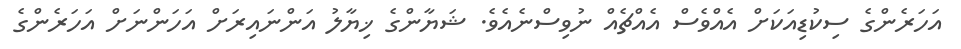
އަހަރެންގެ ސިކުޑިއަކަށް އެއްވެސް އެއްޗެއް ނުވިސްނެއެވެ. ޝަޔާންގެ ޚިޔާލު އަންނައިރަށް އަހަންނަށް އަހަރެންގެ